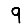
Digit: 9